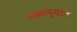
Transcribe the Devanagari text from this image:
पळण्यात